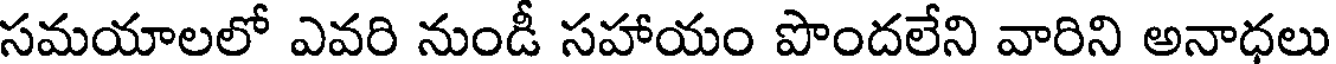
సమయాలలో ఎవరి నుండీ సహాయం పొందలేని వారిని అనాధలు